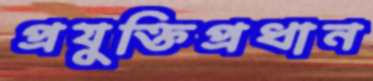
প্রযুক্তিপ্রধান